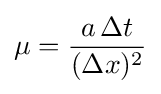
\mu ={\frac {a\,\Delta t}{(\Delta x)^{2}}}